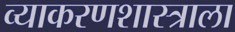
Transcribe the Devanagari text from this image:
व्याकरणशास्त्राला